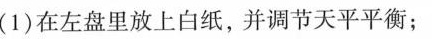
(1)在左盘里放上白纸，并调节天平平衡；